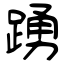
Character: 踴